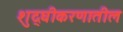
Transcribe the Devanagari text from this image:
शुद्घीकरणातील